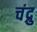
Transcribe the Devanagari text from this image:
चंद्रु